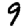
Digit: 9